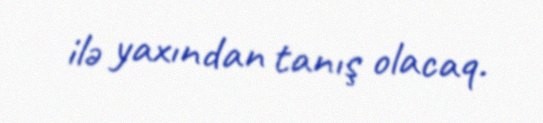
ilə yaxından tanış olacaq.